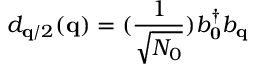
d _ { { \bf { q } } / 2 } ( { \bf { q } } ) = ( \frac { 1 } { \sqrt { N _ { 0 } } } ) b _ { { \bf { 0 } } } ^ { \dagger } b _ { { \bf { q } } }